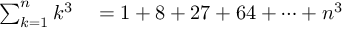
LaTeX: \begin{array} { r l } { \sum _ { k = 1 } ^ { n } k ^ { 3 } } & { { } = 1 + 8 + 2 7 + 6 4 + \cdots + n ^ { 3 } } \end{array}